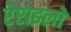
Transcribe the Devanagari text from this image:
रेप्टाइलों